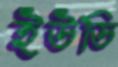
ইউডি